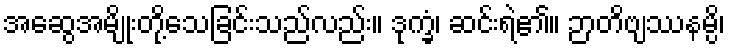
အဆွေအမျိုးတို့သေခြင်းသည်လည်း။ ဒုက္ခံ၊ ဆင်းရဲ၏။ ဉာတိဗျဿနမ္ပိ၊